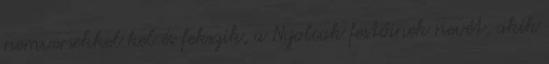
nemversekkel kel és fekszik, a Nyolcak festőinek nevét, akik